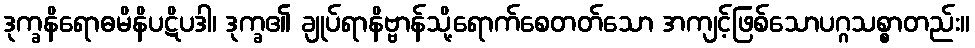
ဒုက္ခနိရောဓမိနိပဋိပဒါ၊ ဒုက္ခ၏ ချုပ်ရာနိဗ္ဗာန်သို့ရောက်စေတတ်သော အကျင့်ဖြစ်သောပဂ္ဂသစ္စာတည်း။